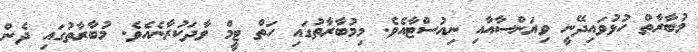
މުބާރާތް ހުޅުވައިދޭނީ ވިޔަންސާއާއި ނިއުސްޓާއެވެ. މިމުބާރާތުގައި ހަތް ޓީމް ވާދަކުރާނެއެވެ. މުބާރާތުގައި ދެން